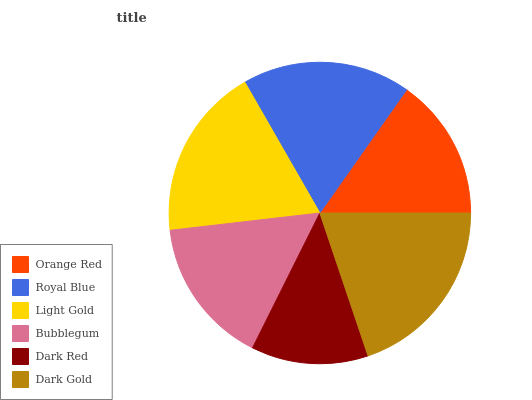
| Orange Red | Royal Blue | Light Gold | Bubblegum | Dark Red | Dark Gold |
 | --- | --- | --- | --- | --- | --- |
 | 15.2% | 18% | 18.5% | 15.8% | 12.6% | 19.9% |